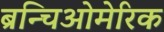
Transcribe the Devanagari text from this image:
ब्रन्चिओमेरिक